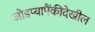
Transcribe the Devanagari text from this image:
जोडप्यापैंकीदेखील